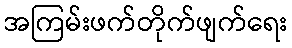
အကြမ်းဖက်တိုက်ဖျက်ရေး